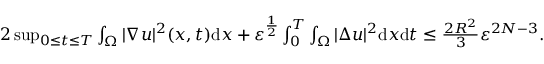
\begin{array} { r } { { 2 } \operatorname* { s u p } _ { 0 \leq t \leq T } \int _ { \Omega } | \nabla u | ^ { 2 } ( x , t ) \mathrm { d } x + \ensuremath { \varepsilon } ^ { \frac { 1 } { 2 } } \int _ { 0 } ^ { T } \int _ { \Omega } | \Delta u | ^ { 2 } \mathrm { d } x \mathrm { d } t \leq \frac { 2 R ^ { 2 } } { 3 } \ensuremath { \varepsilon } ^ { 2 N - 3 } . } \end{array}